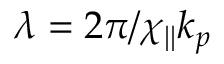
\lambda = 2 \pi / \chi _ { | | } k _ { p }